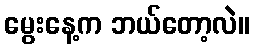
မွေးနေ့က ဘယ်တော့လဲ။